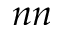
n n